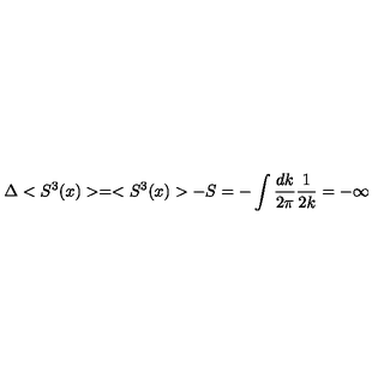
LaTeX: \Delta < S ^ { 3 } ( x ) > = < S ^ { 3 } ( x ) > - S = - \int \frac { d k } { 2 \pi } \frac { 1 } { 2 k } = - \infty